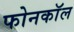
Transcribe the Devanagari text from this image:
फोनकाॅल